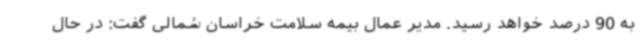
به 90 درصد خواهد رسید. مدیر عمال بیمه سلامت خراسان شمالی گفت: در حال